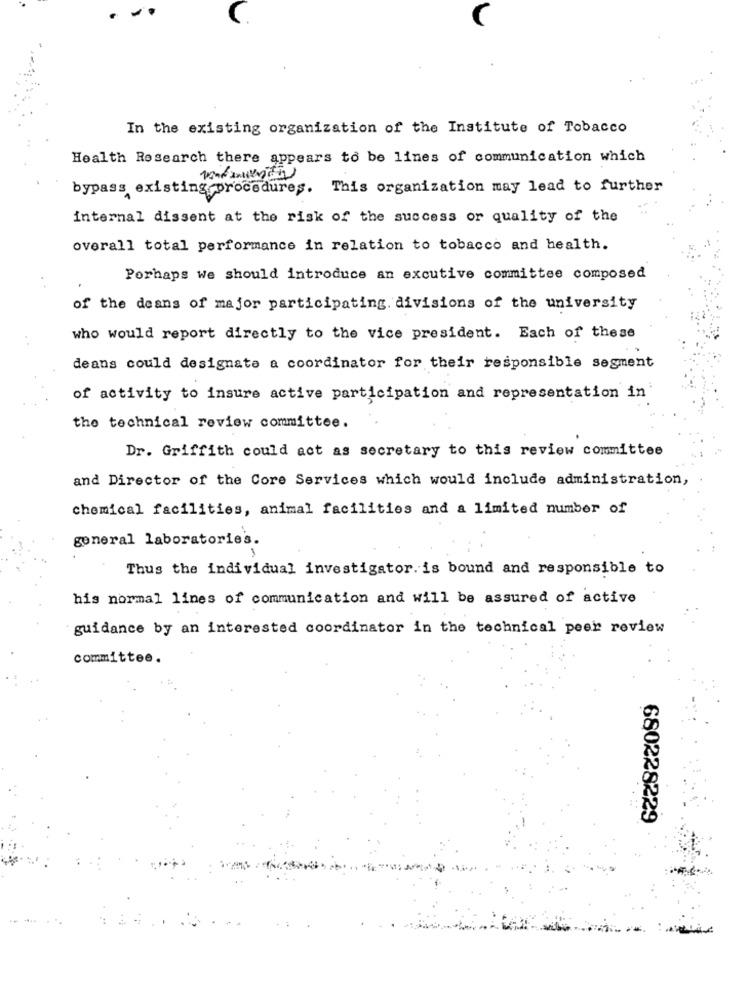
In the existing organization of the Institute of Tobacco
Health Research there appears to be lines of communication which
bypass existing procedures. This organization may lead to further
internal dissent at the risk of the success or quality of the
overall total performance in relation to tobacco and health.
Porhaps we should introduce an excutive committee composed
of the deans of major participating. divisions of the university
who would report directly to the vice president. Each of these
deans could designate a coordinator for their responsible segment
of activity to insure active participation and representation in
the technical review committee.
Dr. Griffith could act as secretary to this review committee
and Director of the Core Services which would include administration,
chemical facilities, animal facilities and a limited number of
general laboratories.
Thus the individual investigator. is bound and responsible to
his normal lines of communication and will be assured of active
guidance by an interested coordinator in the technical peer review
committee.
680228229